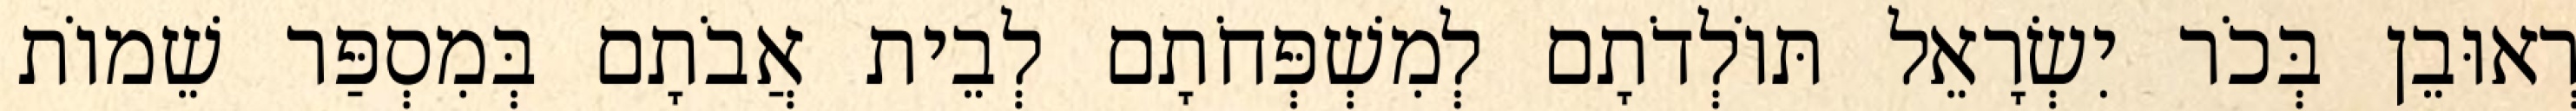
רְאוּבֵן בְּכֹר יִשְׂרָאֵל תּוֹלְדֹתָם לְמִשְׁפְּחֹתָם לְבֵית אֲבֹתָם בְּמִסְפַּר שֵׁמוֹת